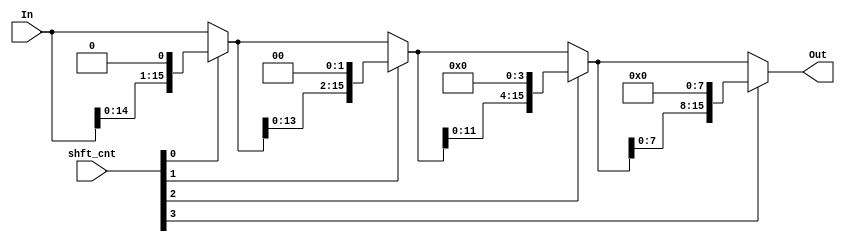
module shift_left(In, shft_cnt, Out);

    input [15:0] In;
    input [3:0] shft_cnt;

    output [15:0] Out;

    wire [15:0] shftl_1, shftl_2, shftl_4, shftl_8;
    wire [15:0] shftl_1_out, shftl_2_out, shftl_4_out;

    //4 stages of shifting
    assign shftl_1 = In << 1;
    assign shftl_1_out = shft_cnt[0] ? shftl_1 : In;

    assign shftl_2 = shftl_1_out << 2;
    assign shftl_2_out = shft_cnt[1] ? shftl_2 : shftl_1_out;

    assign shftl_4 = shftl_2_out << 4;
    assign shftl_4_out = shft_cnt[2] ? shftl_4 : shftl_2_out;

    assign shftl_8 = shftl_4_out << 8;
    assign Out = shft_cnt[3] ? shftl_8 : shftl_4_out;

endmodule